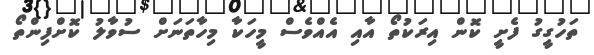
ތަހުގީގު ފެށީ ކޮން އިރަކުތޯ އާއި އެއްވެސް މީހަކާ މިހާތަނަށް ސުވާލު ކޮށްފިންތޯ